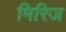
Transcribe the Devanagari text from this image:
मिरिज